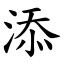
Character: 添